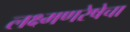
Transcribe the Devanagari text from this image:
लक्ष्मणरेषेचा